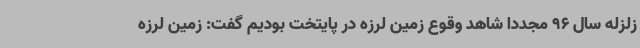
زلزله سال 96 مجددا شاهد وقوع زمین لرزه در پایتخت بودیم گفت: زمین لرزه